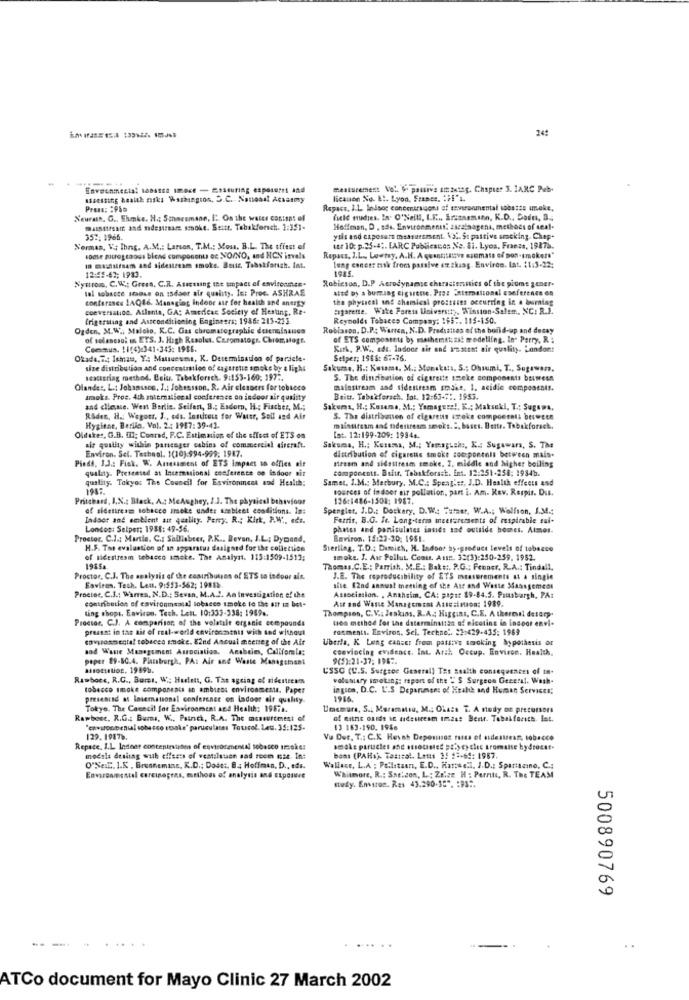
Enveenmental tobas12 smoce - Essturing esposetri and
mesturemens Vol. G. passiva omantag. Chapter 3. 1ARC Pub.
Assessing health niks Washington, D.C ., Naneasl Acastmy
licanon No. E !. Lyon, France, H!"L.
Press: : 95%
Repacs, I.L. Indoor concentrsuoni of mavironmental sobstto make,
Neurath. G .. Ehmke. H .: Schneemann, E. On the water content of
file nudes. In. O'Neill, I.E .., Srstsemann, K.D ., Doin, 3.
musttrsam and desireare, smoke. Seitt. Tahakforsch. 1:351-
Hoffman, D . sde. Environment: zscalaagens, methods of seal-
357: 1966.
yıls and caposare measurement. Va .. St pattive smeking. Chep.
Normas, V. Ihng. A.M .: Larson, T.M .; Moss. B.L. The tfiest of
utr 10: p.25-4 ;. EARC Publicscos Ne. Si. Lyos, Fraezs, 19878.
some mitrogtaoss blend components oc NO/NO, and HCN invels
Ropacs, I.L ., Lowtay, A.H. A quantitative ssimato of non-smokers"
12:45-62; 1983.
10 masnulfsen and sidestream smoke. Beute Tabstforich. Int.
long caneer mak from passive ex tkaag. Environ. Lat. 11:3-22:
1985.
Nystrom, C.W .; Gress. C.R. Atacaung the impact of environnce.
Robinson, D.P Aerodynamse cherasienstics of the plums gener.
sal sobacce smoke on isdaer air quality. In: Proc. ASHRAE
alte by a burning cigarette. Prez Setemational conference on
conferance 1AQ16. Managing Indoor ase for health and anergy
the physical and chemical prostuins occurring in a booming
conversation. Atlanta, GA: American Society of Heating, Re-
sigarette. Wake Forest University. Winston-Salem, NC: R.J.
frigeraling and Assconditioning Engineers; 1986: 215-233.
Reynolds Tobacco Company: 1957. 115-150.
Ogden, M.W .; Malelo, K.C. Gas chromatographie detenisanses
Roblason, D.P .: Warten, N.D. Predsittes of the build-up and detay
of solancsol un ETS. J. High Resolut. Chromatogr. Chrom, sagt.
of ETS compossets by mathemat; zit modelling. In" Perry, R :
Commun. 11(4):341-343: 1986.
Kirk, P.W ., ade. lodoor ait and anattet air quality. Londont
Okada, W .; Ishizu, Y: Matsueums, K. Determination of pardele-
Selper: 1968: 67-76.
size distribution and concentration of cagaretie smoke by a light
Sakuma. H .: Kusame. M .; Monakırı. S .: Ohsumi, T ., Sugıwam.
scattering method. Beiu. Tabakforreh. 9:153-160; 197".
S. The dinzioation of cigarette sseke components between
Olander. L .: Johansson, J .: Johansson. R. Air cleaners for tobacco
mainstream and sidestream smaks, 1. acidic components.
smoks. Proc. 4th stemnational conference on indoor air quality
Beitr. Tabakfersch. Tot. 12:63-7 :. 1953.
and cliente. Went Berlin. Seifert, B .; Esdom, H .; Fischer, M .;
Sakums, H .; Kusama, M .; Yamagere !. K .; Maksuki, T .: Sugama,
Raden, H .: Wegots. J ., cds. Insitets for Wust, Soll and Air
5. The distribanen of cigarens czeke componenti between
Hygiene, Berlin, Vol. 2 : 1987:39-42.
mainstream and tadestream smoks. ", bases. Bette. Tabakforach.
Oldsker, G.B. IN: Conrad, F.C. Estimation of the effect of ETS os
lat. 12:199-209: 19844.
Environ. Sel. Technol. 1(10).594-999; 1987.
air quality within passenger cabins of commercial aircraft.
Sakuma, H .; Kusama, M .; Yemagisk :, K. Sugawara, S. The
Piedi, J.J .: Fick. W. Amessment of ETS Impact un offies air
distribution of cigarette smoke sos pontals between mais.
stream and sidsttresm smoke. I. middle and higher boiling
quality. Presented at Incemsional conference on indoor mit
componenti. Belir, Tabakforsst. Int. 12:251-258: 1934b.
quality. Takyos The Council for Environment and Health:
Samet. I.M .: Marbury, M.C .: Speag's :. J.D. Health effects and
194:
sources of indoor air pollution, part i. Am. Rev. Respir. Dus.
Pritchard, I.N .: Black, A .: MeAughey, 1.1. The physical behaviour
126:1486-1508; 1987.
af sidestream tobacco steke under szebleet esaditions. In:
Spengler. J.D .: Doskary, D.W .: Turner, W.A .; Wolfson, J.M .;
Indoor and ambient air quality. Peny. R .; Kirk, P.W ., ode.
Ferris, B.G. It. Long-term meersressents of respirable sul-
London: Selper: 1958: 49-56.
phates and ponisulates intids tad outside homes. Atmos-
Proctor. C.J .: Martin. C .: Salllabeer, P.K .. Bevan, J.L .; Dymond,
Environ. 14:23-30; 1981.
H.F. The evaluation of an apparatus designed for the collection
Sterling, T.D .: Dumich, H. Indoor aş-produce levels of tobacco
of sidestream tobacco smoke. The Analyst. 113:1509-1513:
smoke. J. Air Pollut. Ceout. Assn. 32(3):250-259. 1952.
1985a.
Thomas. C.E .: Parrish, M.E .: Bak ::. P.G .: Feener. R.A .: Tindall,
Proctor, C.J. The analysis of the contribution of ETS to indoor ait.
J.E. The reproducibility of ETS measurements at a single
Proctor, C.J .: Warres, N.D .: Sevan, M.A.J. An Investigation of the
Faviren. Tech. Leu. 9:513-562; 19858.
site f2nd annual meeting of the Ast and Waste SSasagement
contribution of environmental tobacco smoke to the ast in bet-
Association. , Anaheim, CA: #1;st $9-84.5. Pittsburgh, PA:
ting shops, Environ. Tech. Lett. 10:333-338: 1989 ..
Thompson, C. V .; Jenkins, R.A .; Higgins, C.E. A theresil deterp.
Atr and Waste Management Assesimon: 1989.
Proctor, C.J. A comparison of the volatile organic compounds
toa method for the daterminsttan of nicotine in indoor envi.
present in the air of real-world environments wich ted without
rosments. Enviros, Sel. Tertno'. 23:429-435: 1969
cavssosmental tobacco smoke. 82nd Annual meemeg of the Air
Uberla, K Leng canset from passive smoking hypothesis or
and Waste Management Association. Ansbeies, Califomia:
convincing evidence, Int. Aral Occup, Environ, Health.
paper 89-80.4. Plassburgh, PA: Air and Waste Management
9(5):21-37; 1982.
M110411UGE. 19596.
USSC (U.S. Surgsee General) The health consequences of m.
Rawbocs, R.C ., Burst, W .; Herlett, G. Tas ageing of aidestecun
voluntary smoking: raport of the " S Surgeon General. Wash-
tobacco smoke components an ambicas environments. Paper
agten, D.C. L'.S Deparumen: of Health and Human Services;
presented at International conference on ladoor air quality.
Tokyo. The Council for Environment and Health: 19872.
Umemura, S .; Maramitsu, M .; Olaca T. A study on precursors
Rawbone, R.G .; Bumms, W ., Painci, R.A. The moswertmest of
of mitne oxide IE sidestream Imass Benr. Tabakforich. fat.
'environbenial tobacco stsake" paruculases Toucol. Let. 35:125-
13 163-190. 1946
129. 19878.
Vu Der, T .: C.K. Heyah Depontos massa of atdestress, tobacco
Repace. I.L. ladear contentpatates of esvisorenental tobacco smokes
smoke partscies and otrotinted priyey clec tromatse hydrocst-
mocela dusjing wuth effects of veatilsten sad room mat. In:
bons (PAHa). Tosteal, Lette 3f #2-65: 1987.
O"Se. 1.K . Brennemiss, K.D .; Dodet. B .: Hoffman, D ., eds.
Wallace, L.A ; Poilataarı, E.D ., Harsec.l. J.D .: Spariscino, C.4
Environmental carcinopras, methods of analysis and Exposure
Whitmore, R .: Sneidon, L ; Zelen H : Perrits, R. The TEAM
study. Environ. Res 43.290-15". : 93 :.
500890769
--.
..
ATCo document for Mayo Clinic 27 March 2002